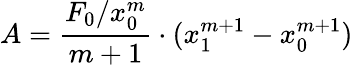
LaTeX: A={\frac{F_{0}/x_{0}^{m}}{m+1}}\cdot(x_{1}^{m+1}-x_{0}^{m+1})